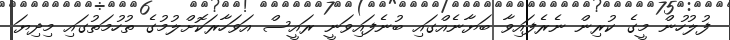
ފުލުހުން މީގެ ކުރިން ނެރެފައިވާ ބަޔާނެއްގައި ބުނެފައިވަނީ ރައީސް އަވަހާރަކޮށްލުމުގެ ތުހުމަތުގައި މިދިޔަ